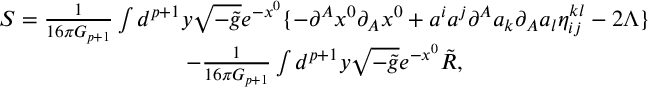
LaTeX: \begin{array} { c } { { S = \frac 1 { 1 6 \pi G _ { p + 1 } } \int d ^ { p + 1 } y \sqrt { - \tilde { g } } e ^ { - x ^ { 0 } } \{ - \partial ^ { A } x ^ { 0 } \partial _ { A } x ^ { 0 } + a ^ { i } a ^ { j } \partial ^ { A } a _ { k } \partial _ { A } a _ { l } \eta _ { i j } ^ { k l } - 2 \Lambda \} } } \\ { { - \frac 1 { 1 6 \pi G _ { p + 1 } } \int d ^ { p + 1 } y \sqrt { - \tilde { g } } e ^ { - x ^ { 0 } } \tilde { R } , } } \end{array}